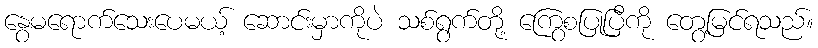
နွေမရောက်သေးပေမယ့် ဆောင်းမှာကိုပဲ သစ်ရွက်တို့ ကြွေစပြုပြီကို တွေ့မြင်ရသည်။